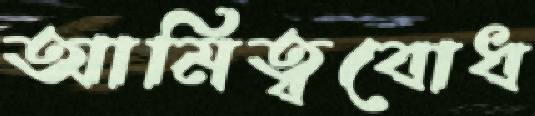
আমিত্ববোধ